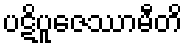
ပဋိပူဇေဿာမီတိ